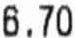
6.70